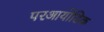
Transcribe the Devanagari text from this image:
परआयोडिक